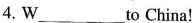
4.W___to China!